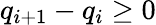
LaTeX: q_{i+1}-q_{i}\ge 0